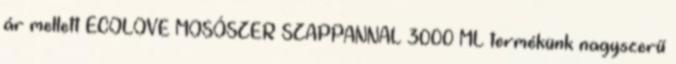
ár mellett ECOLOVE MOSÓSZER SZAPPANNAL 3000 ML termékünk nagyszerű